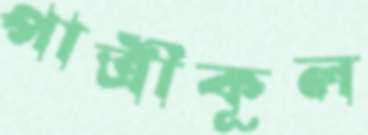
পাত্রীকূল